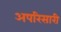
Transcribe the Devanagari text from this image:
अपरिसारी